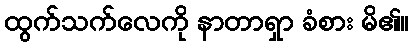
ထွက်သက်လေကို နာတာရှာ ခံစား မိ၏။